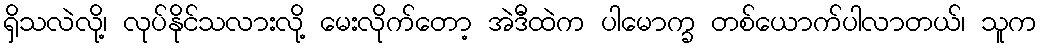
ရှိသလဲလို့၊ လုပ်နိုင်သလားလို့ မေးလိုက်တော့ အဲဒီထဲက ပါမောက္ခ တစ်ယောက်ပါလာတယ်၊ သူက